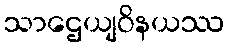
သာဌေယျဝိနယဿ